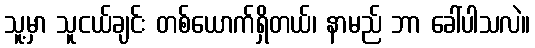
သူ့မှာ သူငယ်ချင်း တစ်ယောက်ရှိတယ်၊ နာမည် ဘာ ခေါ်ပါသလဲ။